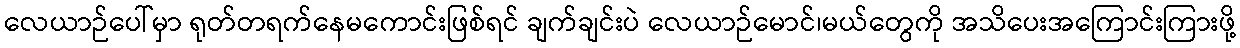
လေယာဉ်ပေါ်မှာ ရုတ်တရက်နေမကောင်းဖြစ်ရင် ချက်ချင်းပဲ လေယာဉ်မောင်၊မယ်တွေကို အသိပေးအကြောင်းကြားဖို့